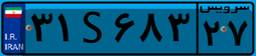
۶۵S۷۲۲۰۵